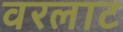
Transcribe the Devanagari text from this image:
वरलाट